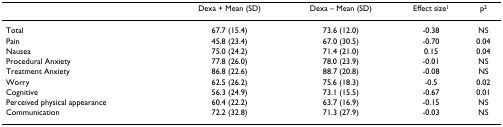
<table><thead><tr><td>[EMPTY_CELL]</td><td><b>Dexa + Mean (SD)</b></td><td><b>Dexa – Mean (SD)</b></td><td><b>Effect size<sup>1</sup></b></td><td><b>p<sup>2</sup></b></td></tr></thead><tbody><tr><td>Total</td><td>67.7 (15.4)</td><td>73.6 (12.0)</td><td>-0.38</td><td>NS</td></tr><tr><td>Pain</td><td>45.8 (23.4)</td><td>67.0 (30.5)</td><td>-0.70</td><td>0.04</td></tr><tr><td>Nausea</td><td>75.0 (24.2)</td><td>71.4 (21.0)</td><td>0.15</td><td>0.04</td></tr><tr><td>Procedural Anxiety</td><td>77.8 (26.0)</td><td>78.0 (23.9)</td><td>-0.01</td><td>NS</td></tr><tr><td>Treatment Anxiety</td><td>86.8 (22.6)</td><td>88.7 (20.8)</td><td>-0.08</td><td>NS</td></tr><tr><td>Worry</td><td>62.5 (26.2)</td><td>75.6 (18.3)</td><td>-0.5</td><td>0.02</td></tr><tr><td>Cognitive</td><td>56.3 (24.9)</td><td>73.1 (15.5)</td><td>-0.67</td><td>0.01</td></tr><tr><td>Perceived physical appearance</td><td>60.4 (22.2)</td><td>63.7 (16.9)</td><td>-0.15</td><td>NS</td></tr><tr><td>Communication</td><td>72.2 (32.8)</td><td>71.3 (27.9)</td><td>-0.03</td><td>NS</td></tr></tbody></table>